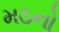
મઠનો